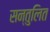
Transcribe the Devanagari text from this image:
सन्‍तुलित